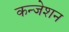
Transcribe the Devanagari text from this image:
कन्जेशन